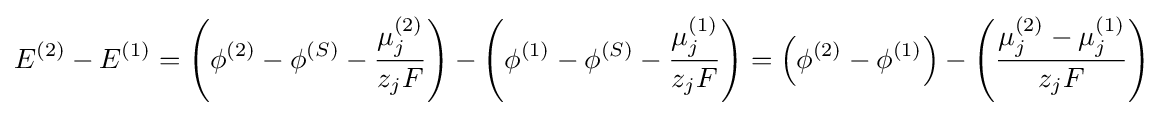
E^{(2)}-E^{(1)}=\left(\phi ^{(2)}-\phi ^{(S)}-{\frac {\mu _{j}^{(2)}}{z_{j}F}}\right)-\left(\phi ^{(1)}-\phi ^{(S)}-{\frac {\mu _{j}^{(1)}}{z_{j}F}}\right)=\left(\phi ^{(2)}-\phi ^{(1)}\right)-\left({\frac {\mu _{j}^{(2)}-\mu _{j}^{(1)}}{z_{j}F}}\right)